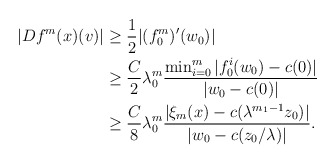
\begin{align*}|Df^{m}(x)(v)|&\geq \frac{1}{2} |(f_0^{m})'(w_0)| \\&\geq \frac{C}{2} \lambda_0^{m} \frac{\min_{i=0}^{m}|f_0^i(w_0)-c(0)|}{|w_0-c(0)|} \\&\geq \frac{C}{8} \lambda_0^{m} \frac{|\xi_{m}(x)-c(\lambda^{m_1-1}z_0)|}{|w_0-c(z_{0}/\lambda)|}.\end{align*}